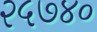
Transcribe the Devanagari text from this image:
२५७४०